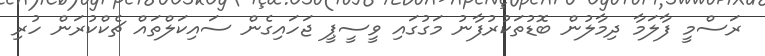
ރަސްމީ ފާލަމާ ދިމާލުން ބޮޑުތަކުރުފާނު މަގުގައި ވީސީޕީ ޖަހައިގެން ސައިކަލްތައް ޗެކްކުރަން ހުރި